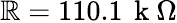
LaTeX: \mathbb{R}=110.1\, \mathrm{{~k~}}\Omega